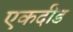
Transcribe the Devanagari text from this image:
एकदीड